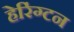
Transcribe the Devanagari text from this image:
हेरिंग्टन